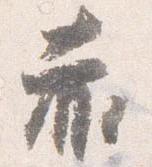
赤